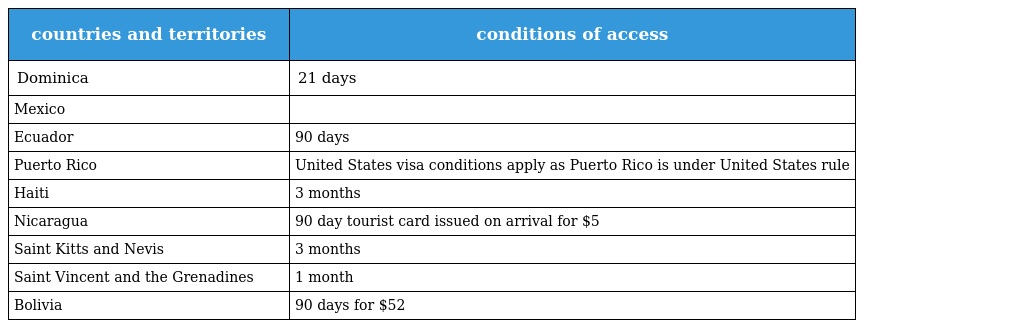
| countries and territories | conditions of access |
 | --- | --- |
 | Dominica | 21 days |
 | Mexico |  |
 | Ecuador | 90 days |
 | Puerto Rico | United States visa conditions apply as Puerto Rico is under United States rule |
 | Haiti | 3 months |
 | Nicaragua | 90 day tourist card issued on arrival for $5 |
 | Saint Kitts and Nevis | 3 months |
 | Saint Vincent and the Grenadines | 1 month |
 | Bolivia | 90 days for $52 |